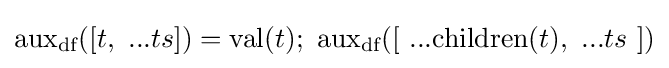
{\text{aux}}_{\text{df}}([t,\ ...ts])={\text{val}}(t);\ {\text{aux}}_{\text{df}}([\ ...{\text{children}}(t),\ ...ts\ ])